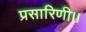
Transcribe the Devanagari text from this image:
प्रसारिणी।।